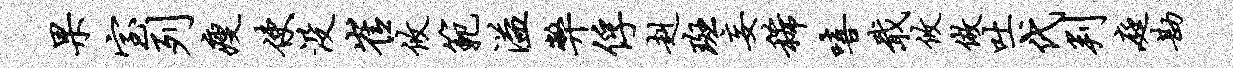
果室列瘦使没崔攸范溢弊俘赳斑妄稀嘻戢攸做吐代判庭勘